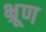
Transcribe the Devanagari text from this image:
भ्रूण